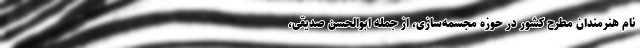
نام هنرمندان مطرح کشور در حوزه مجسمه‌سازی، از جمله ابوالحسن صدیقی،